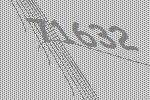
71632